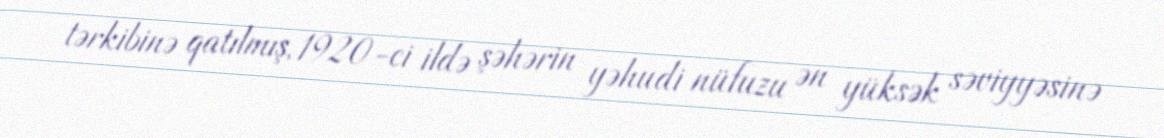
tərkibinə qatılmış, 1920-ci ildə şəhərin yəhudi nüfuzu ən yüksək səviyyəsinə